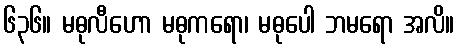
၆၃၆။ မဓုလီဟော မဓုကရော၊ မဓုပေါ ဘမရော အလိ။